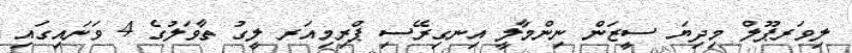
ލިވަރޕޫލް މިދިޔަ ސީޒަން ނިންމާލީ އިނގިރޭސި ޕްރިމިއަރ ލީގު ތާވަލުގެ 4 ވަނައިގައި